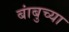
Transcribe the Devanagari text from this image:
बांबुच्या